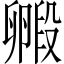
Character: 毈